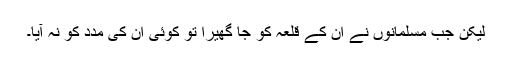
لیکن جب مسلمانوں نے ان کے قلعہ کو جا گھیرا تو کوئی ان کی مدد کو نہ آیا۔